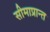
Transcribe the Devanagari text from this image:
सीमाप्रान्त